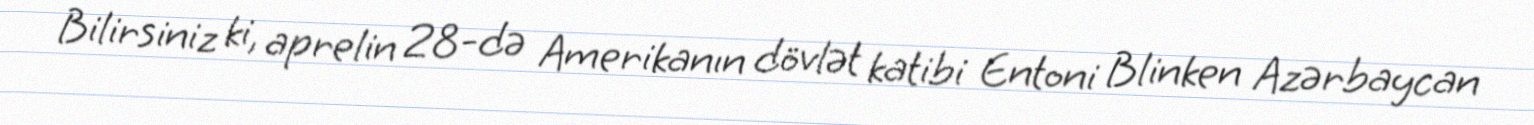
Bilirsiniz ki, aprelin 28-də Amerikanın dövlət katibi Entoni Blinken Azərbaycan